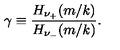
\gamma \equiv { \frac { H _ { \nu _ { + } } ( m / k ) } { H _ { \nu _ { - } } ( m / k ) } } .